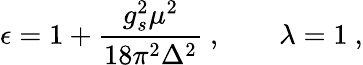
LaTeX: \epsilon=1+\frac{g_{s}^{2}\mu^{2}}{18\pi^{2}\Delta^{2}}\ ,\qquad\lambda=1\ ,